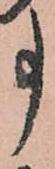
事